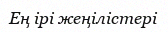
Ең ірі жеңілістері